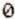
0